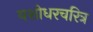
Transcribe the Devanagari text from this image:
यशोधरचरित्र